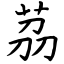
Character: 茘